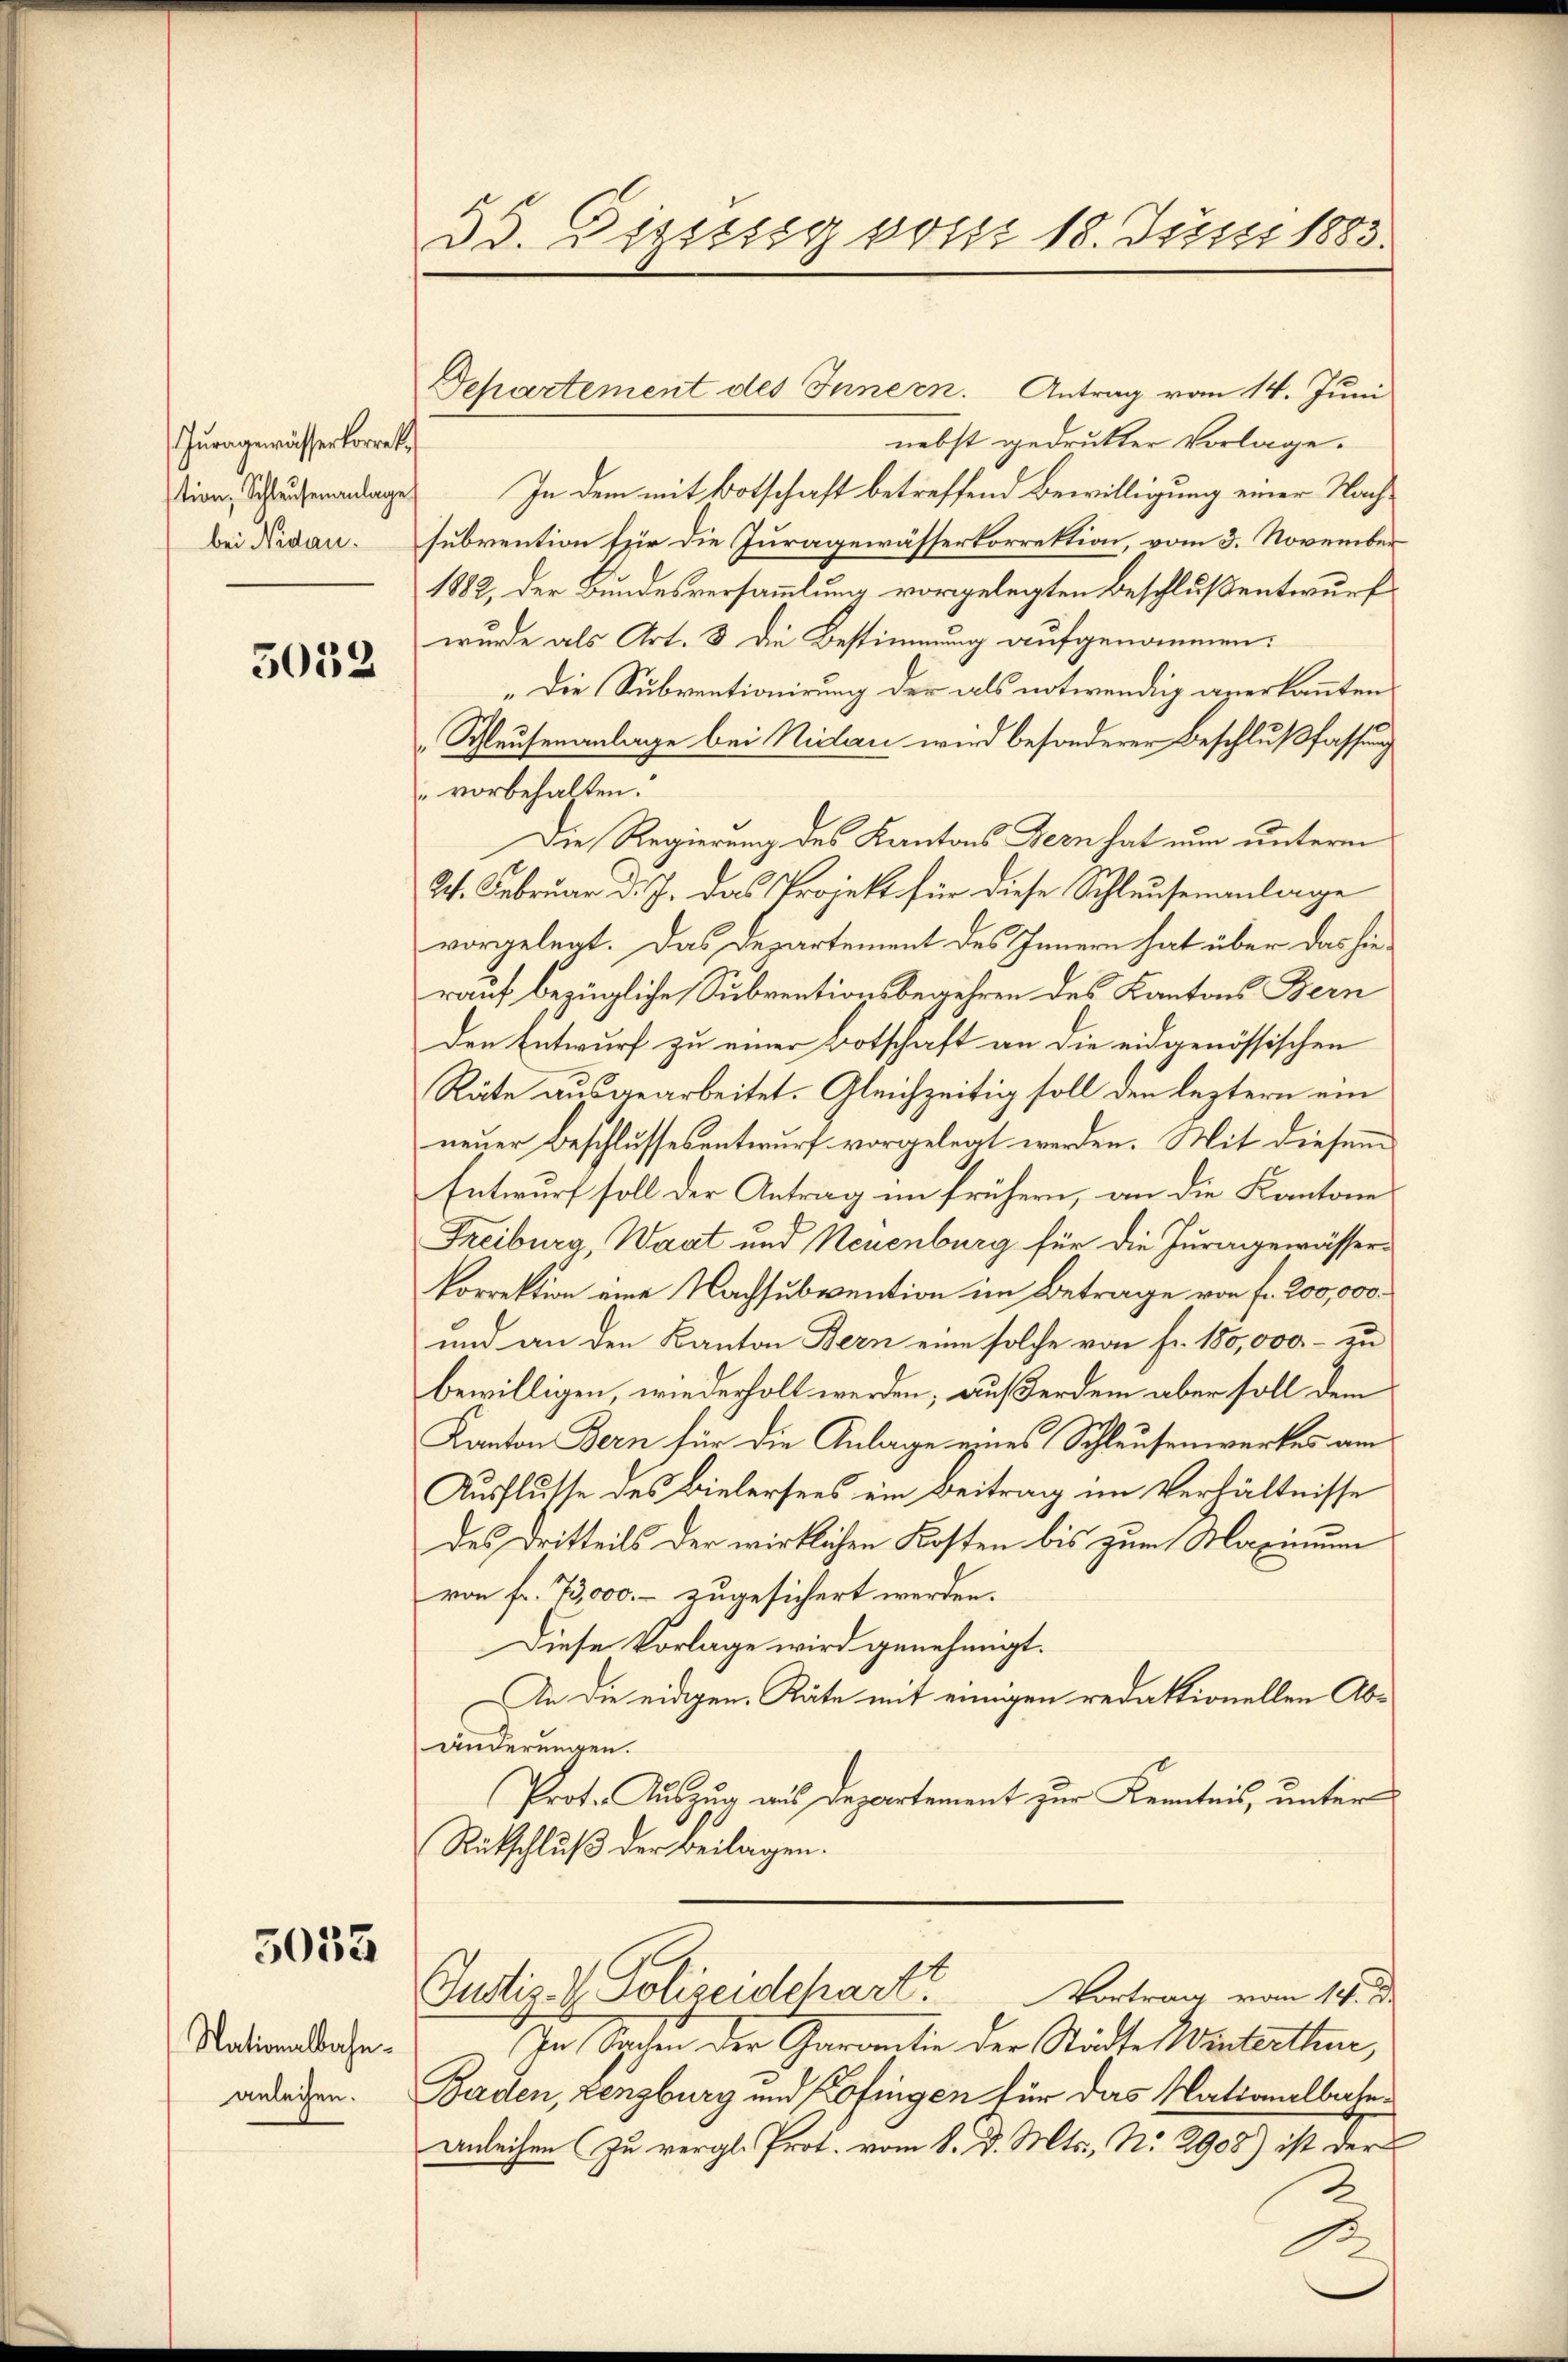
Iurngewässerkorrektion, Schlausenanlage
bei Nidau.

5032

5055

Nationalbahnanleihen.

53. Diesssig vom 18. Juni 1883.

Dchartement des Innern. Antrag vom 14. Juni

nebst gedrukter Vorlage.
In dem mit Botschaft betreffend Bewilligung einer Nachsubvention für die Juragewässerkorrektion, vom 3. November
1882, der Bundesversammlung vorgelegten Beschluß entwurf
wurde als Art. 3 die Bestimmung aufgenommen.
„Die Subventionirung der als notwendig anerkannten
Schleuseranlage bei Niclau wird besonderer Beschlußfassung
" vorbehalten.
Die Regierung des Kantons Bern hat nun unterm
24. Februar d. J. das Projekt für diese Schleusenanlage
vorgelegt. Das Departement des Innern hat über das hierauf bezügliche Subventionsbegehren des Kantons Bern
den Entwurf zu einer Botschaft an die eidgenössischen
Räte ausgearbeitet. Gleichzeitig soll den leztern ein
neuer Beschlussesentwurf vorgelegt werden. Mit diesem
Entwurf soll der Antrag im frühern, an die Kantone
Freiburg, Waat und Neuenburg für die Jura gewässer¬
Porrektion eine Nachsubvention im Betrage von fr. 200,000.
und an den Kanton Bern eine solche von Fr. 150,000.- zu
bewilligen, wiederholt werden, außerdem aber soll dem
Kanton Bern für die Anlage eines Schleusenwerkes am
Ausflusse des Bielersees ein Beitrag im Verhältnisse
des Dritteils der wirklichen Kosten bis zum Maximum
von fr. 73,000.- zugesichert werden.
Diese Vorlage wird genehmigt.
An die eidigen Räte mit einigen redaktionellen Abänderungen.
Prote Auszug aus Departement zur Kenntnis, unter
Rutschluß der Beilagen.
Justiz- & Polizeidchart? Vortrag vom 14.
In Sachen der Garantie der Städte Winterthur,
Baden, Lenzburg und Kofingen für das Nationalbahn¬
Anleihen zu vergl. Prot. vom 8. d. Mts., No 2908) ist der